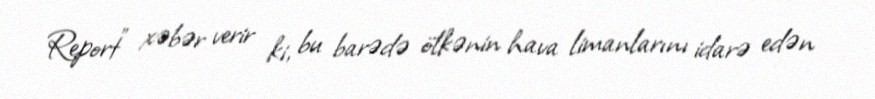
Report" xəbər verir ki, bu barədə ölkənin hava limanlarını idarə edən